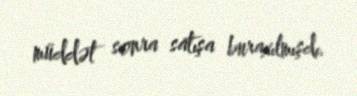
müddət sonra satışa buraxılmışdı.